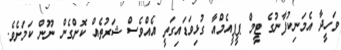
ވަހީދާ އެމަނިކުފާނުގެ ޓީމް ޕީޕީއެމްއާ ގުޅިވަޑައިގަތީ އެއްވެސް ޝަރުތެއް ކޮށްގެން ނޫން ކަމަށެވެ.